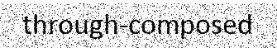
through-composed